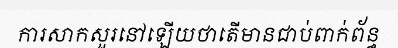
ការសាកសួរនៅឡើយថាតើមានជាប់ពាក់ព័ន្ធ